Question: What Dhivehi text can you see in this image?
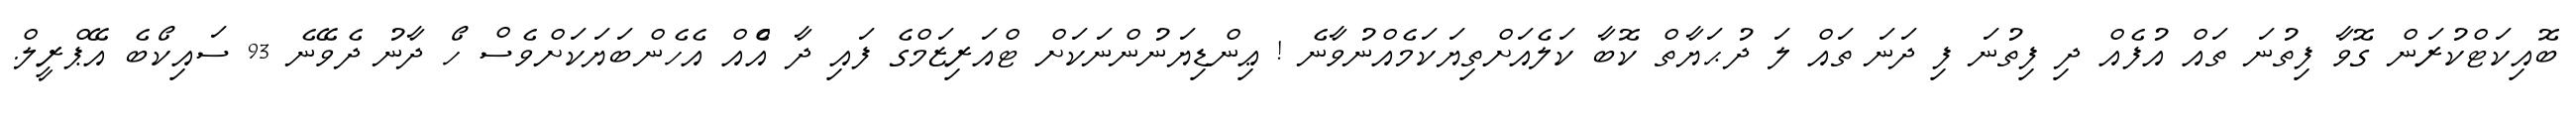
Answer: ބޮއިކަޓްކުރަން ގޮވާ ފިތުނަ ތައް އުފެއް ދި ފިތުނަ ފި ދަނަ ތައް ލަ ދުޙަޔާތް ކޮބާ ކަލެއަށްތިޔަކަމެއްނުވާނެ ! ޢިންޑިޔަނުންނަކަށް ޓްއަރިޒަމްގެ ފައި ދާ އެްއް އެހެންބަޔަކަށްވެސް ހޯ ދާނު ދެވޭނެ 93 ސައިކޯބެ އޭޕްރީލް.